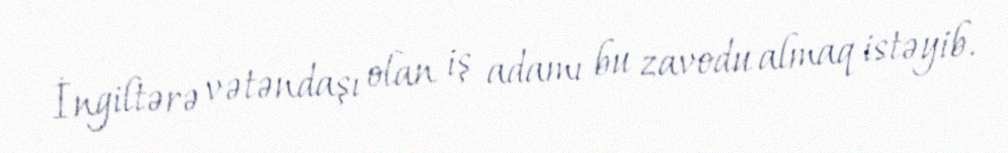
İngiltərə vətəndaşı olan iş adamı bu zavodu almaq istəyib.